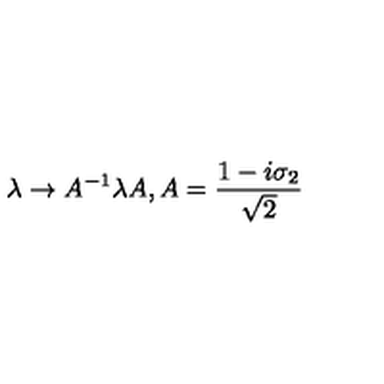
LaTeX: \lambda \rightarrow A ^ { - 1 } \lambda A , A = \frac { 1 - i \sigma _ { 2 } } { \sqrt { 2 } }